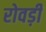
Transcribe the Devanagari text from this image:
रोवड़ी